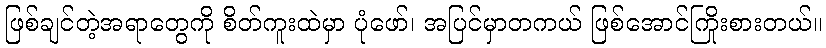
ဖြစ်ချင်တဲ့အရာတွေကို စိတ်ကူးထဲမှာ ပုံဖော်၊ အပြင်မှာတကယ် ဖြစ်အောင်ကြိုးစားတယ်။